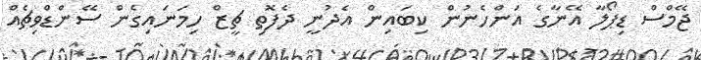
ޖޭމްސް ޑިޕޯލާ އޭނާގެ އަންހެނުން ކިބައިން އެދުނީ ދެފޮތި ޗީޒް ހިމަނައިގެން ސޭންޑްވިޗެއް